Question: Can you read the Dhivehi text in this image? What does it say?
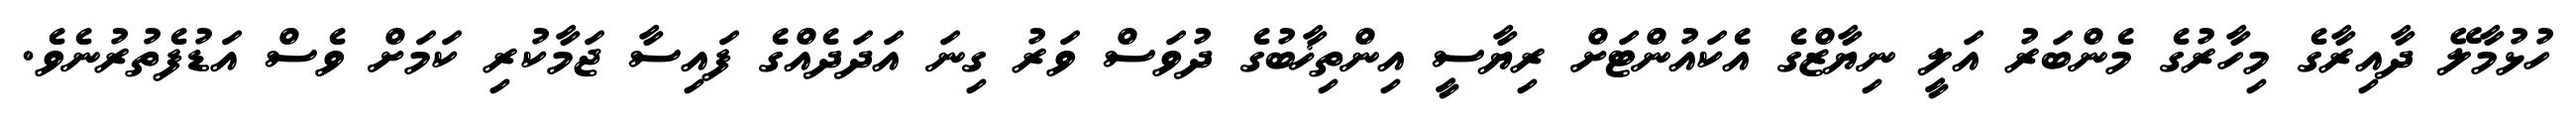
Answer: ހުޅުމާލޭ ދާއިރާގެ މިހާރުގެ މެންބަރު އަލީ ނިޔާޒްގެ އެކައުންޓަށް ރިޔާސީ އިންތިޚާބުގެ ދުވަސް ވަރު ގިނަ އަދަދެއްގެ ފައިސާ ޖަމާކުރި ކަމަށް ވެސް އަޑުފެތުރުނެވެ.